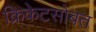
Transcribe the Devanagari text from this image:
क्रिकेटसोबत